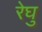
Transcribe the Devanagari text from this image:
रेघु